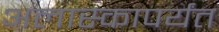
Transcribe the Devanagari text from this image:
अलास्कापर्यंत